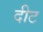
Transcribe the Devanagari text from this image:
दीट